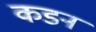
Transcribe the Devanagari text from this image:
कडन